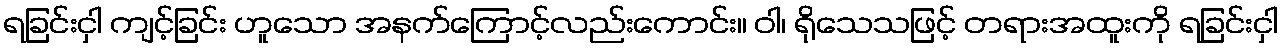
ရခြင်းငှါ ကျင့်ခြင်း ဟူသော အနက်ကြောင့်လည်းကောင်း။ ဝါ၊ ရိုသေသဖြင့် တရားအထူးကို ရခြင်းငှါ